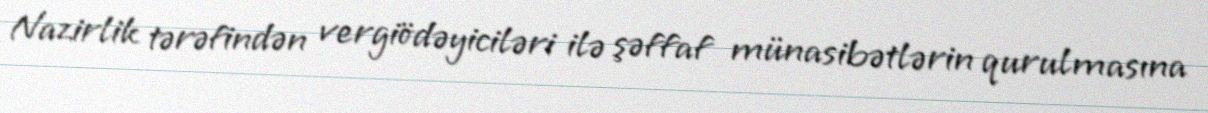
Nazirlik tərəfindən vergiödəyiciləri ilə şəffaf münasibətlərin qurulmasına